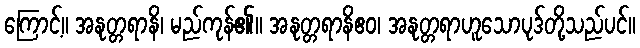
ကြောင့်။ အနုတ္တရာနိ၊ မည်ကုန်၏။ အနုတ္တရာနိဧဝ၊ အနုတ္တရာဟူသောပုဒ်တို့သည်ပင်။